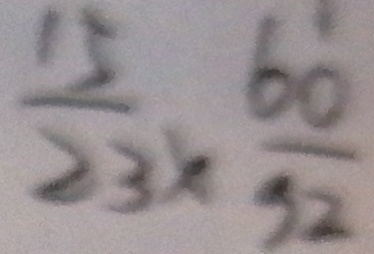
\frac { 1 5 } { 2 3 } \times \frac { 6 0 } { 5 2 }